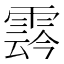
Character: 𩃬